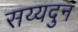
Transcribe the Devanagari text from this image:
सय्यदुन